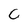
Character: C